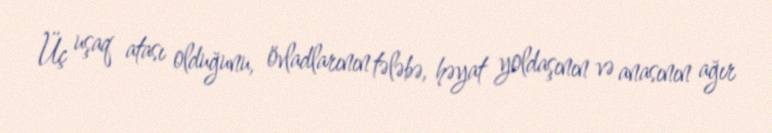
Üç uşaq atası olduğunu, övladlarının tələbə, həyat yoldaşının və anasının ağır